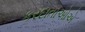
કરદાતાઓએ